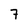
Character: 7